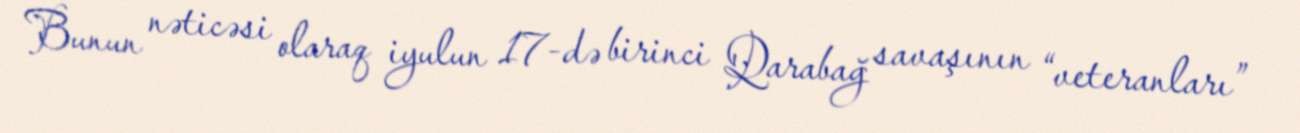
Bunun nəticəsi olaraq iyulun 17-də birinci Qarabağ savaşının “veteranları”